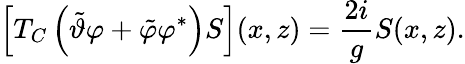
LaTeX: \left\lbrack T_{C}\left(\tilde{\vartheta}\varphi+\tilde{\varphi}\varphi^{\ast}\right)S\right\rbrack(x,z)=\frac{2i}{g}S(x,z).